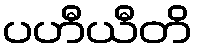
ပဟီယီတိ